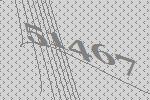
51467